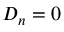
D _ { n } = 0